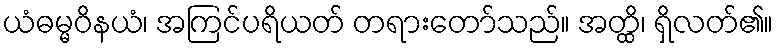
ယံဓမ္မဝိနယံ၊ အကြင်ပရိယတ် တရားတော်သည်။ အတ္ထိ၊ ရှိလတ်၏။